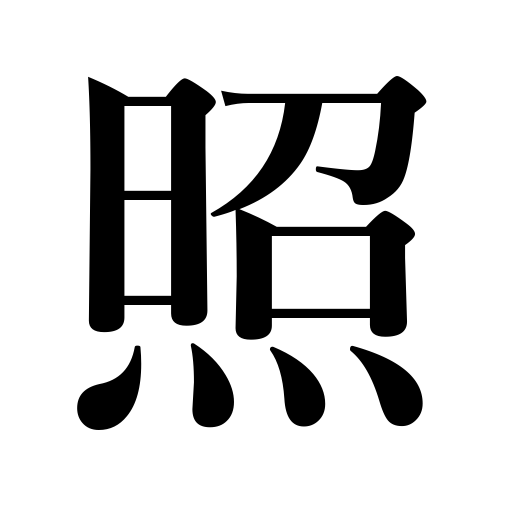
Meanings: be bashful,shed light on,shine,compare with,shine on,illuminate